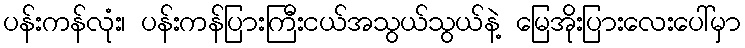
ပန်းကန်လုံး၊ ပန်းကန်ပြားကြီးငယ်အသွယ်သွယ်နဲ့ မြေအိုးပြားလေးပေါ်မှာ